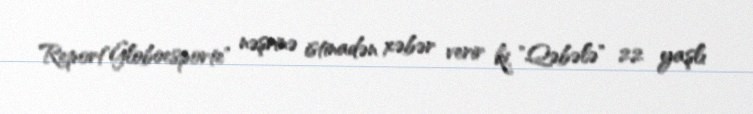
Report"Globoesporte" nəşrinə istinadən xəbər verir ki, "Qəbələ" 22 yaşlı